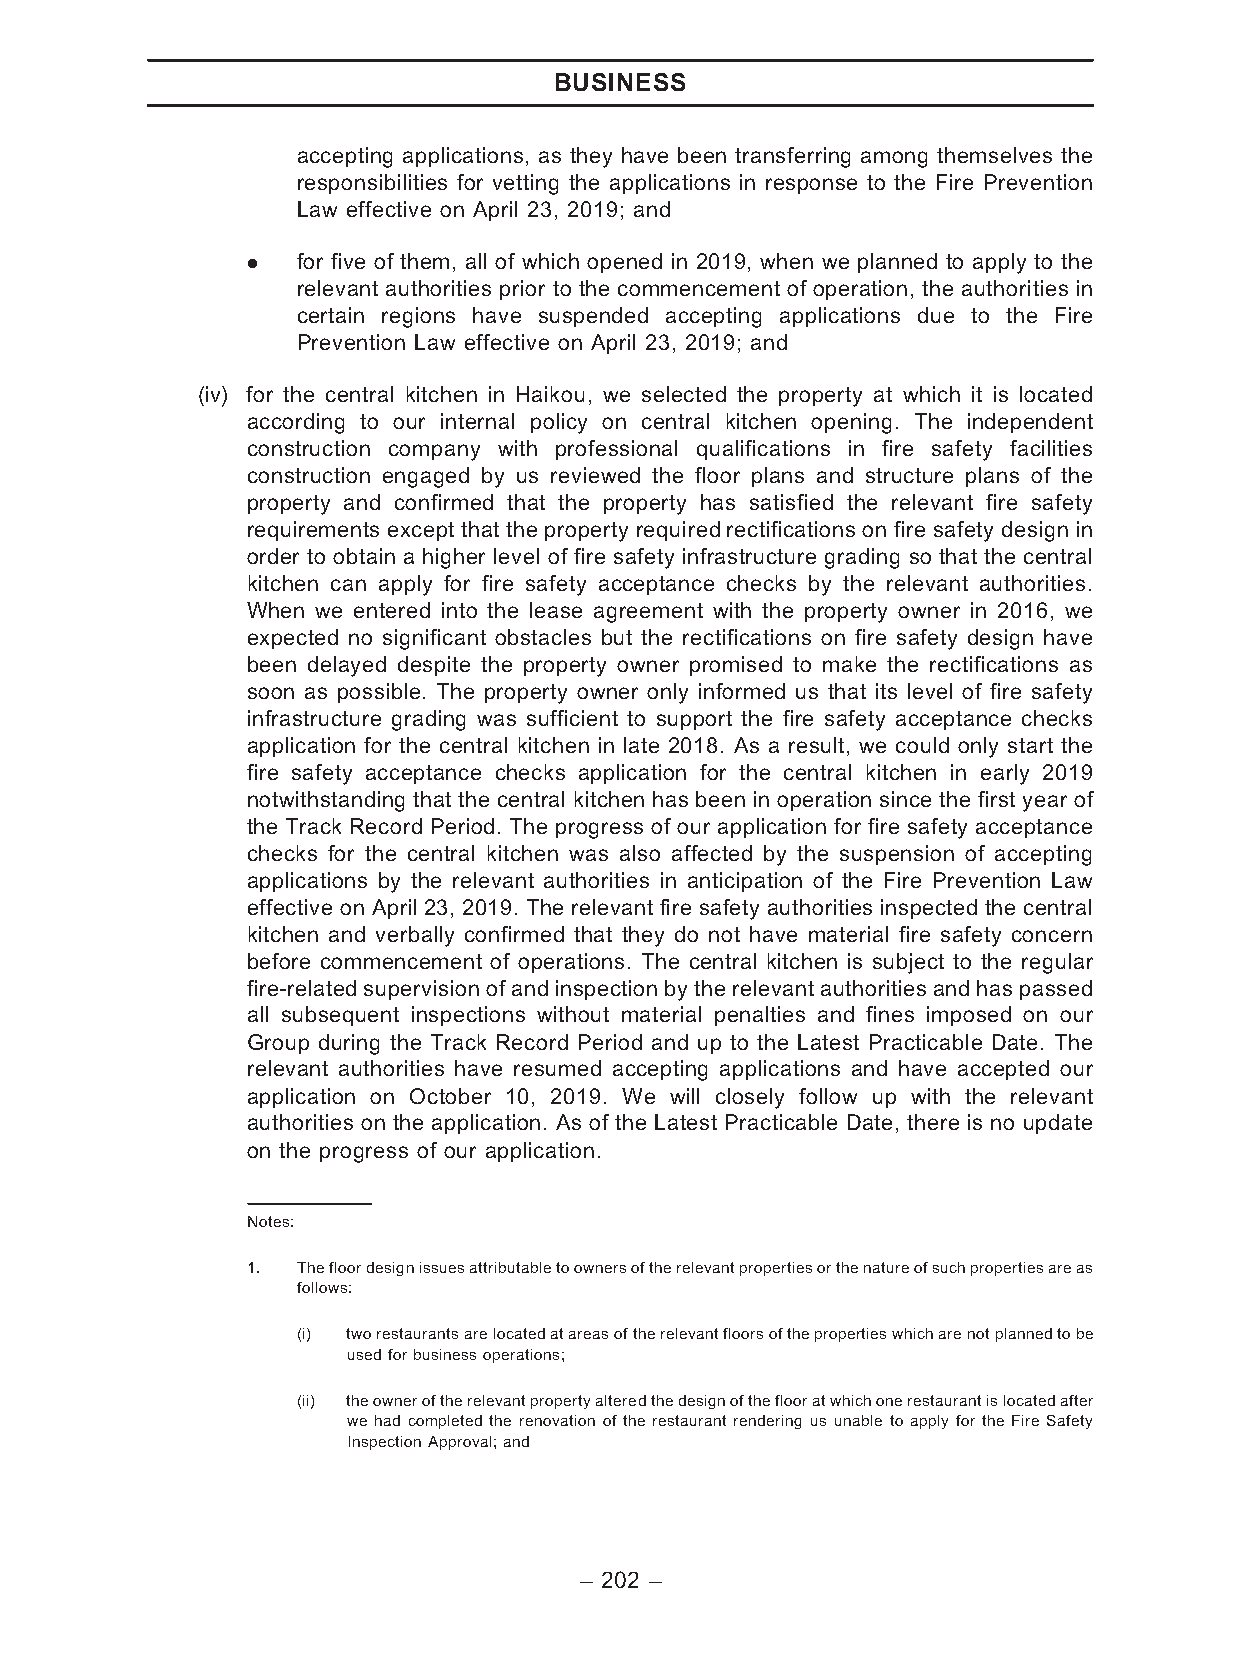
BUSINESS
 accepting applications, as they have been transferring among themselves the
 responsibilities for vetting the applications in response to the Fire Prevention
 Law effective on April 23, 2019; and
 .   for five of them, all of which opened in 2019, when we planned to apply to the
 relevant authorities prior to the commencement of operation, the authorities in
 certain regions have suspended accepting applications due to the Fire
 Prevention Law effective on April 23, 2019; and
 (iv) for the central kitchen in Haikou, we selected the property at which it is located
 according to our internal policy on central kitchen opening. The independent
 construction company with professional qualifications in fire safety facilities
 construction engaged by us reviewed the floor plans and structure plans of the
 property and confirmed that the property has satisfied the relevant fire safety
 requirements except that the property required rectifications on fire safety design in
 order to obtain a higher level of fire safety infrastructure grading so that the central
 kitchen can apply for fire safety acceptance checks by the relevant authorities.
 When we entered into the lease agreement with the property owner in 2016, we
 expected no significant obstacles but the rectifications on fire safety design have
 been delayed despite the property owner promised to make the rectifications as
 soon as possible. The property owner only informed us that its level of fire safety
 infrastructure grading was sufficient to support the fire safety acceptance checks
 application for the central kitchen in late 2018. As a result, we could only start the
 fire safety acceptance checks application for the central kitchen in early 2019
 notwithstanding that the central kitchen has been in operation since the first year of
 the Track Record Period. The progress of our application for fire safety acceptance
 checks for the central kitchen was also affected by the suspension of accepting
 applications by the relevant authorities in anticipation of the Fire Prevention Law
 effective on April 23, 2019. The relevant fire safety authorities inspected the central
 kitchen and verbally confirmed that they do not have material fire safety concern
 before commencement of operations. The central kitchen is subject to the regular
 fire-related supervision of and inspectionbytherelevant authoritiesand haspassed
 all subsequent inspections without material penalties and fines imposed on our
 Group during the Track Record Period and up to the Latest Practicable Date. The
 relevant authorities have resumed accepting applications and have accepted our
 application on October 10, 2019. We will closely follow up with the relevant
 authorities on the application. As of the Latest Practicable Date, there is no update
 on the progress of our application.
 Notes:
 1.  Thefloordesignissuesattributabletoownersoftherelevantpropertiesorthenatureofsuchpropertiesareas
 follows:
 (i) tworestaurantsarelocatedatareasoftherelevantfloorsofthepropertieswhicharenotplannedtobe
 usedforbusinessoperations;
 (ii) theowneroftherelevantpropertyalteredthedesignoftheflooratwhichonerestaurantislocatedafter
 we had completed the renovation of the restaurant rendering us unable to apply for the Fire Safety
 InspectionApproval;and
 – 202 –